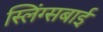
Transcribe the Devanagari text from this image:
स्लिंग्सबाई